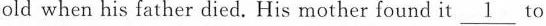
old when his father died. His mother found it \underline{1} to